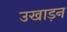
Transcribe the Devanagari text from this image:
उखाड़न